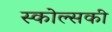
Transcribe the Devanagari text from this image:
स्कोल्सकी